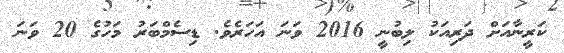
ކަރީނާއަށް ދަރިއަކު ލިބުނީ 2016 ވަނަ އަހަރެވެ. ޑިސެމްބަރު މަހުގެ 20 ވަނަ